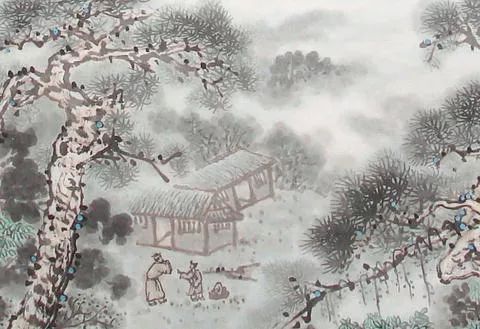
以近知远，以一知万，以微知明，此之谓也。